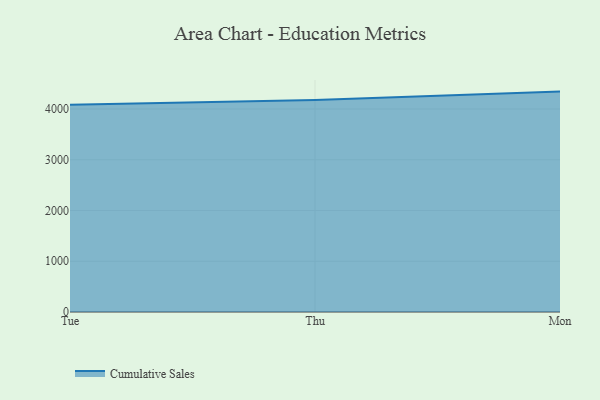
{"axis": {"x": "Day", "y": "Revenue (USD Million)"}, "legend": ["Cumulative Sales"], "data": [{"x": "Tue", "y": 4084.9, "type": "Cumulative Sales"}, {"x": "Thu", "y": 4179.4, "type": "Cumulative Sales"}, {"x": "Mon", "y": 4343.4, "type": "Cumulative Sales"}]}